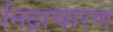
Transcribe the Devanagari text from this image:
निद्राचारण